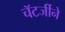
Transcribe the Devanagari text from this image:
चॅटर्जीने